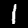
Label: 1